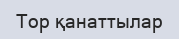
Тор қанаттылар